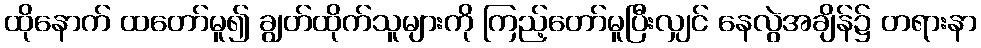
ထိုနောက် ထတော်မူ၍ ချွတ်ထိုက်သူများကို ကြည့်တော်မူပြီးလျှင် နေလွဲအချိန်၌ တရားနာ